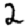
Digit: 2